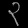
Digit: ၃